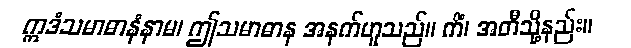
ဣဒံသမာဓာနံနာမ၊ ဤသမာဓာန အနက်ဟူသည်။ ကိံ၊ အတီသို့နည်း။